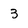
Character: 3